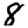
Digit: 8